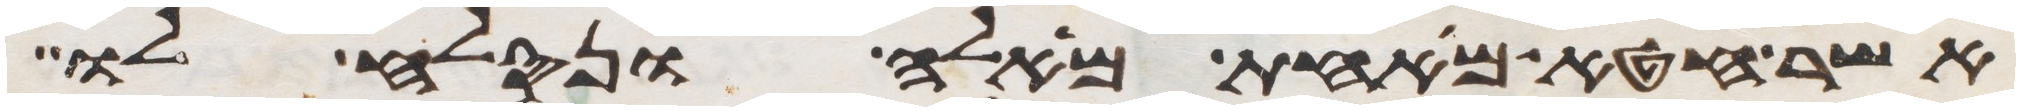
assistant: אשר חטא מאחת מאלה ונסלח לו